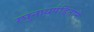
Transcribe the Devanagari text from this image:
रघुनाथपंडिताने